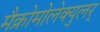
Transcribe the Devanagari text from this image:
मैक्रोमोलेक्युलर्